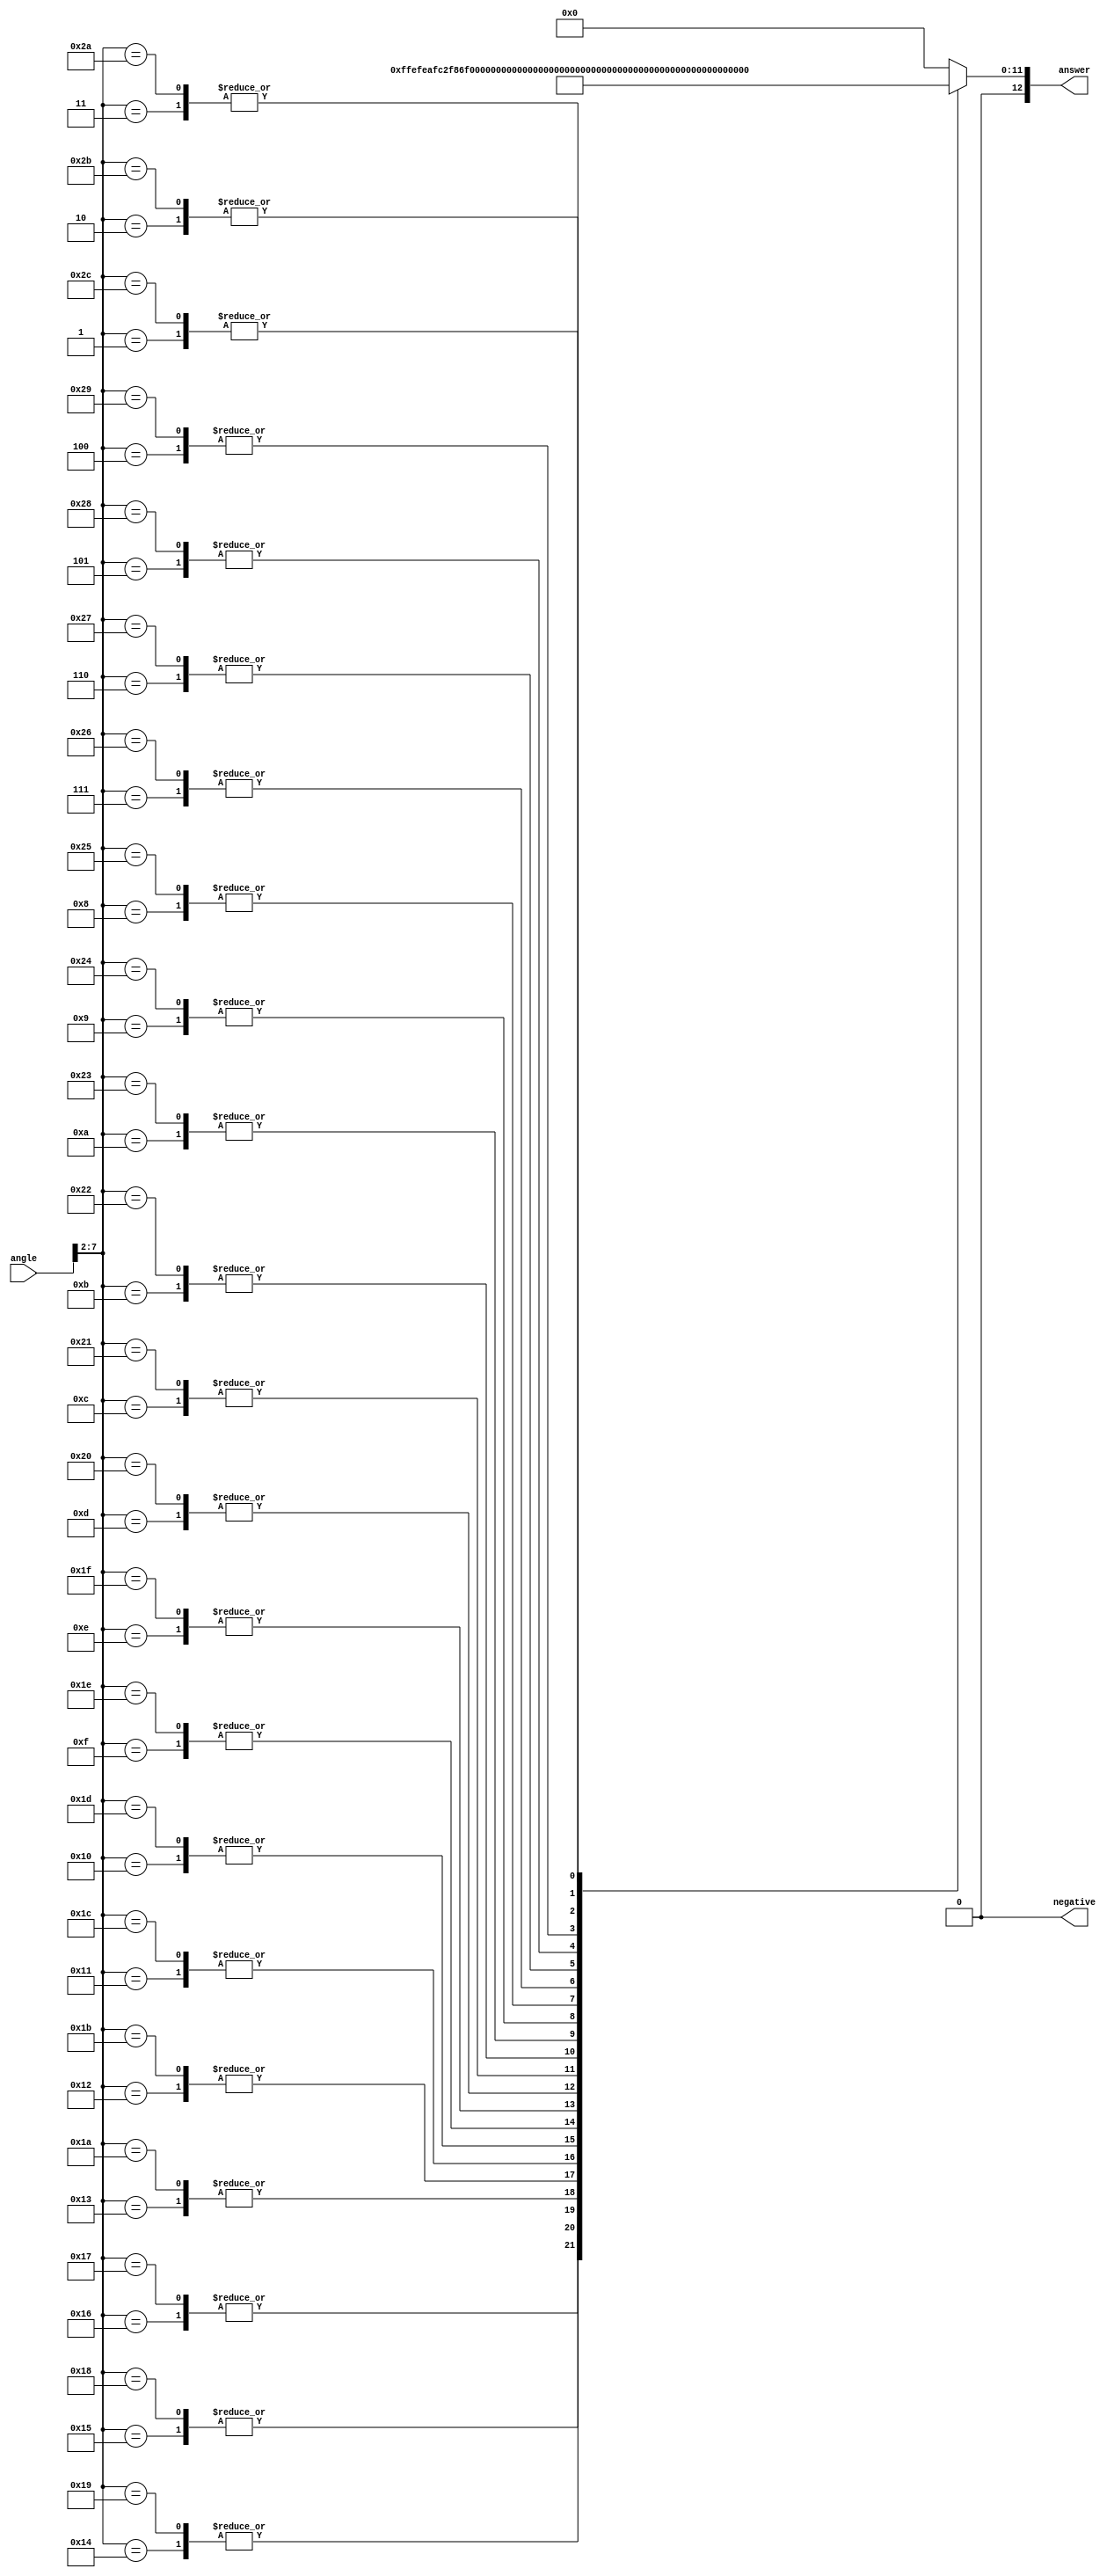
`timescale 1ns / 1ps
//////////////////////////////////////////////////////////////////////////////////
// Company: 
// Engineer: 
// 
// Design Name: 
// Module Name:    trig_lookup 
// Project Name: 
// Target Devices: 
// Tool versions: 
// Description: 
//
// Dependencies: 
//
// Revision: 
// Revision 0.01 - File Created
// Additional Comments: 
//
//////////////////////////////////////////////////////////////////////////////////
module sin_lookup(input [7:0] angle, output reg [12:0] answer, output reg negative);

   wire [7:0] angle_rounded = {angle[7:2], 2'b00};

	always @(*) begin
		case(angle_rounded)
			0: begin answer = 0; negative = 0; end
			4: begin answer = 286; negative = 0; end
			8: begin answer = 570; negative = 0; end
			12: begin answer = 852; negative = 0; end
			16: begin answer = 1129; negative = 0; end
			20: begin answer = 1401; negative = 0; end
			24: begin answer = 1666; negative = 0; end
			28: begin answer = 1923; negative = 0; end
			32: begin answer = 2171; negative = 0; end
			36: begin answer = 2408; negative = 0; end
			40: begin answer = 2633; negative = 0; end
			44: begin answer = 2845; negative = 0; end
			48: begin answer = 3044; negative = 0; end
			52: begin answer = 3228; negative = 0; end
			56: begin answer = 3396; negative = 0; end
			60: begin answer = 3547; negative = 0; end
			64: begin answer = 3681; negative = 0; end
			68: begin answer = 3798; negative = 0; end
			72: begin answer = 3896; negative = 0; end
			76: begin answer = 3974; negative = 0; end
			80: begin answer = 4034; negative = 0; end
			84: begin answer = 4074; negative = 0; end
			88: begin answer = 4094; negative = 0; end
			92: begin answer = 4094; negative = 0; end
			96: begin answer = 4074; negative = 0; end
			100: begin answer = 4034; negative = 0; end
			104: begin answer = 3974; negative = 0; end
			108: begin answer = 3896; negative = 0; end
			112: begin answer = 3798; negative = 0; end
			116: begin answer = 3681; negative = 0; end
			120: begin answer = 3547; negative = 0; end
			124: begin answer = 3396; negative = 0; end
			128: begin answer = 3228; negative = 0; end
			132: begin answer = 3044; negative = 0; end
			136: begin answer = 2845; negative = 0; end
			140: begin answer = 2633; negative = 0; end
			144: begin answer = 2408; negative = 0; end
			148: begin answer = 2171; negative = 0; end
			152: begin answer = 1923; negative = 0; end
			156: begin answer = 1666; negative = 0; end
			160: begin answer = 1401; negative = 0; end
			164: begin answer = 1129; negative = 0; end
			168: begin answer = 852; negative = 0; end
			172: begin answer = 570; negative = 0; end
			176: begin answer = 286; negative = 0; end
			default: begin answer = 0; negative = 0; end
		endcase
	end

endmodule

module cos_lookup(input [7:0] angle, output reg [12:0] answer, output reg negative);	

   wire [7:0] angle_rounded = {angle[7:2], 2'b00};

	always @(*) begin
		case(angle_rounded)
			0: begin answer = 4096; negative = 0; end
			4: begin answer = 4086; negative = 0; end
			8: begin answer = 4056; negative = 0; end
			12: begin answer = 4006; negative = 0; end
			16: begin answer = 3937; negative = 0; end
			20: begin answer = 3849; negative = 0; end
			24: begin answer = 3742; negative = 0; end
			28: begin answer = 3617; negative = 0; end
			32: begin answer = 3474; negative = 0; end
			36: begin answer = 3314; negative = 0; end
			40: begin answer = 3138; negative = 0; end
			44: begin answer = 2946; negative = 0; end
			48: begin answer = 2741; negative = 0; end
			52: begin answer = 2522; negative = 0; end
			56: begin answer = 2290; negative = 0; end
			60: begin answer = 2048; negative = 0; end
			64: begin answer = 1796; negative = 0; end
			68: begin answer = 1534; negative = 0; end
			72: begin answer = 1266; negative = 0; end
			76: begin answer = 991; negative = 0; end
			80: begin answer = 711; negative = 0; end
			84: begin answer = 428; negative = 0; end
			88: begin answer = 143; negative = 0; end
			92: begin answer = 143; negative = 1; end
			96: begin answer = 428; negative = 1; end
			100: begin answer = 711; negative = 1; end
			104: begin answer = 991; negative = 1; end
			108: begin answer = 1266; negative = 1; end
			112: begin answer = 1534; negative = 1; end
			116: begin answer = 1796; negative = 1; end
			120: begin answer = 2048; negative = 1; end
			124: begin answer = 2290; negative = 1; end
			128: begin answer = 2522; negative = 1; end
			132: begin answer = 2741; negative = 1; end
			136: begin answer = 2946; negative = 1; end
			140: begin answer = 3138; negative = 1; end
			144: begin answer = 3314; negative = 1; end
			148: begin answer = 3474; negative = 1; end
			152: begin answer = 3617; negative = 1; end
			156: begin answer = 3742; negative = 1; end
			160: begin answer = 3849; negative = 1; end
			164: begin answer = 3937; negative = 1; end
			168: begin answer = 4006; negative = 1; end
			172: begin answer = 4056; negative = 1; end
			176: begin answer = 4086; negative = 1; end
			default: begin answer = 0; negative = 0; end
		endcase
	end

endmodule